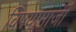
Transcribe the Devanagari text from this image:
विषयामाजीं